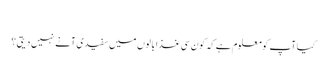
‎
کیا آپ کومعلوم ہے کہ کون سی غذا بالوں میں سفیدی آنے نہیں دیتی ؟